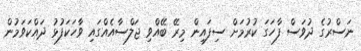
ނަސްރުގެ ދުވަސް ފާހަގަ ކުރުމަށް ސިފައިން މިރޭ ބޭއްވި ޖަލްސާއެއްގައި ވާހަކަފުޅު ދައްކަވަމުން